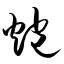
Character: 炮